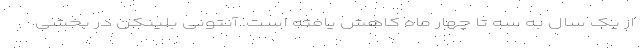
از یک سال به سه تا چهار ماه کاهش یافته است. آنتونی بلینکن در بخشی